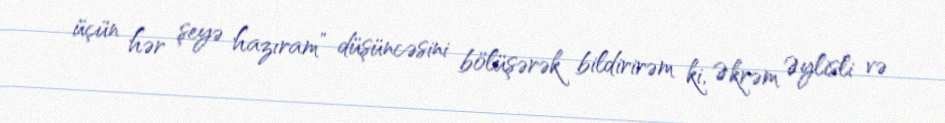
üçün hər şeyə hazıram” düşüncəsini bölüşərək bildirirəm ki, Əkrəm Əylisli və